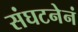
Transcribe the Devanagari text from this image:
संघटनेनं